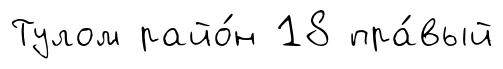
Тулом райо́н 18 пра́вый